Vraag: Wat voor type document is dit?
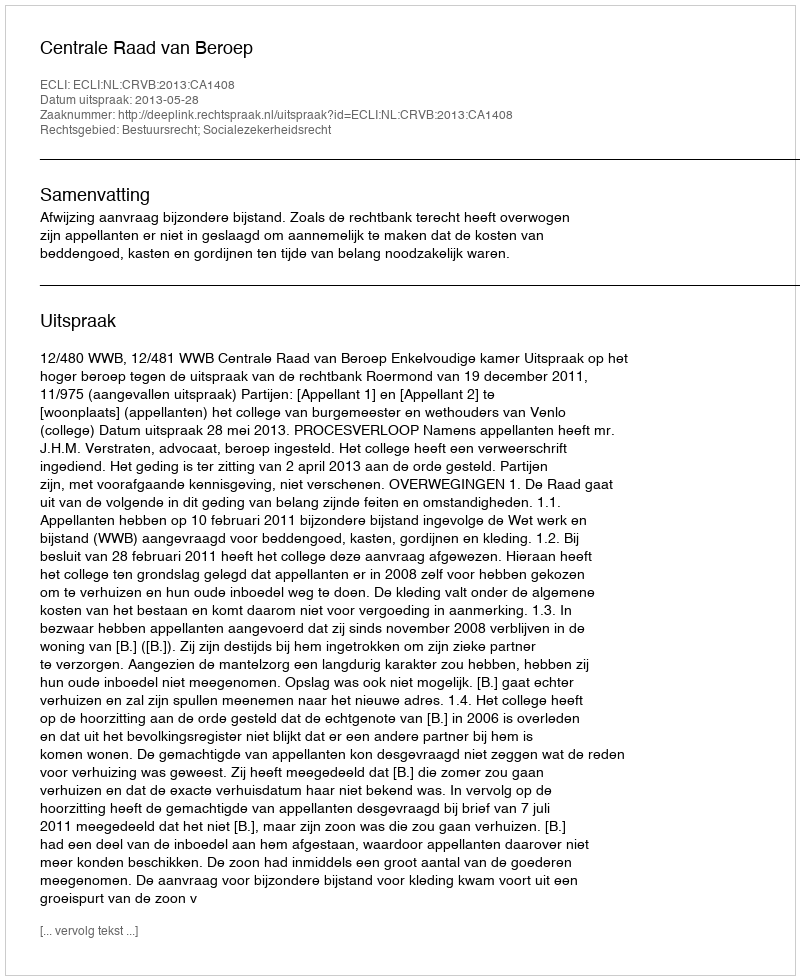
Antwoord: Uitspraak